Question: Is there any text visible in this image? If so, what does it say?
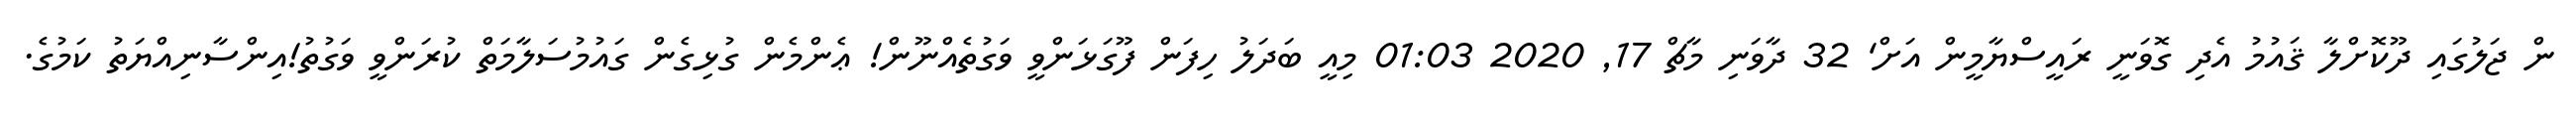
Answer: ން ޖަލުގައި ދޫކޮށްލާ ޤައުމު އެދި ގޮވަނީ ރައީސްޔާމީން އަށް' 32 ދާވަނި މާޗް 17, 2020 01:03 މިއީ ބަދަލު ހިފަން ފޫގަޅަންވީ ވަގުތެއްނޫން! ޢެންމެން ގުޅިގެން ގައުމުސަލާމަތް ކުރަންވީ ވަގުތު!އިންސާނިއްޔަތު ކަމުގެ.